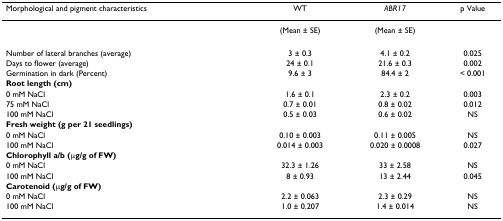
<table><thead><tr><td><b>Morphological and pigment characteristics</b></td><td><b>WT</b></td><td><b><i>ABR17</i></b></td><td><b>p Value</b></td></tr></thead><tbody><tr><td></td><td>(Mean ± SE)</td><td>(Mean ± SE)</td><td></td></tr><tr><td>Number of lateral branches (average)</td><td>3 ± 0.3</td><td>4.1 ± 0.2</td><td>0.025</td></tr><tr><td>Days to flower (average)</td><td>24 ± 0.1</td><td>21.6 ± 0.3</td><td>0.002</td></tr><tr><td>Germination in dark (Percent)</td><td>9.6 ± 3</td><td>84.4 ± 2</td><td>&lt; 0.001</td></tr><tr><td><b>Root length (cm)</b></td><td></td><td></td><td></td></tr><tr><td>0 mM NaCl</td><td>1.6 ± 0.1</td><td>2.3 ± 0.2</td><td>0.003</td></tr><tr><td>75 mM NaCl</td><td>0.7 ± 0.01</td><td>0.8 ± 0.02</td><td>0.012</td></tr><tr><td>100 mM NaCl</td><td>0.5 ± 0.03</td><td>0.6 ± 0.02</td><td>NS</td></tr><tr><td><b>Fresh weight (g per 21 seedlings)</b></td><td></td><td></td><td></td></tr><tr><td>0 mM NaCl</td><td>0.10 ± 0.003</td><td>0.11 ± 0.005</td><td>NS</td></tr><tr><td>100 mM NaCl</td><td>0.014 ± 0.003</td><td>0.020 ± 0.0008</td><td>0.027</td></tr><tr><td><b>Chlorophyll a/b (μg/g of FW)</b></td><td></td><td></td><td></td></tr><tr><td>0 mM NaCl</td><td>32.3 ± 1.26</td><td>33 ± 2.58</td><td>NS</td></tr><tr><td>100 mM NaCl</td><td>8 ± 0.93</td><td>13 ± 2.44</td><td>0.045</td></tr><tr><td><b>Carotenoid (μg/g of FW)</b></td><td></td><td></td><td></td></tr><tr><td>0 mM NaCl</td><td>2.2 ± 0.063</td><td>2.3 ± 0.29</td><td>NS</td></tr><tr><td>100 mM NaCl</td><td>1.0 ± 0.207</td><td>1.4 ± 0.014</td><td>NS</td></tr></tbody></table>